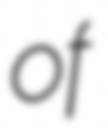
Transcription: of